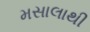
મસાલાથી